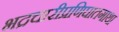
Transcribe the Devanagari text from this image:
भद्रचारीप्रणिघातगाथा